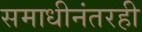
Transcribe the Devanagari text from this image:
समाधीनंतरही